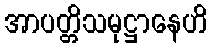
အာပတ္တိသမုဋ္ဌာနေဟိ